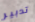
تدبير